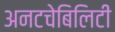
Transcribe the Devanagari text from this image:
अनटचेबिलिटी